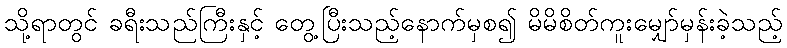
သို့ရာတွင် ခရီးသည်ကြီးနှင့် တွေ့ပြီးသည့်နောက်မှစ၍ မိမိစိတ်ကူးမျှော်မှန်းခဲ့သည့်